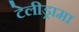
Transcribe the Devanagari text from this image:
टेलीड्रामा